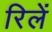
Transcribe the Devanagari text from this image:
रिलें